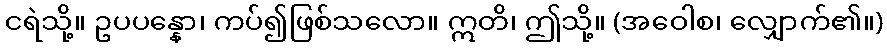
ငရဲသို့။ ဥပပန္နော၊ ကပ်၍ဖြစ်သလော။ ဣတိ၊ ဤသို့။ (အဝေါစ၊ လျှောက်၏။)